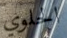
الحلوي